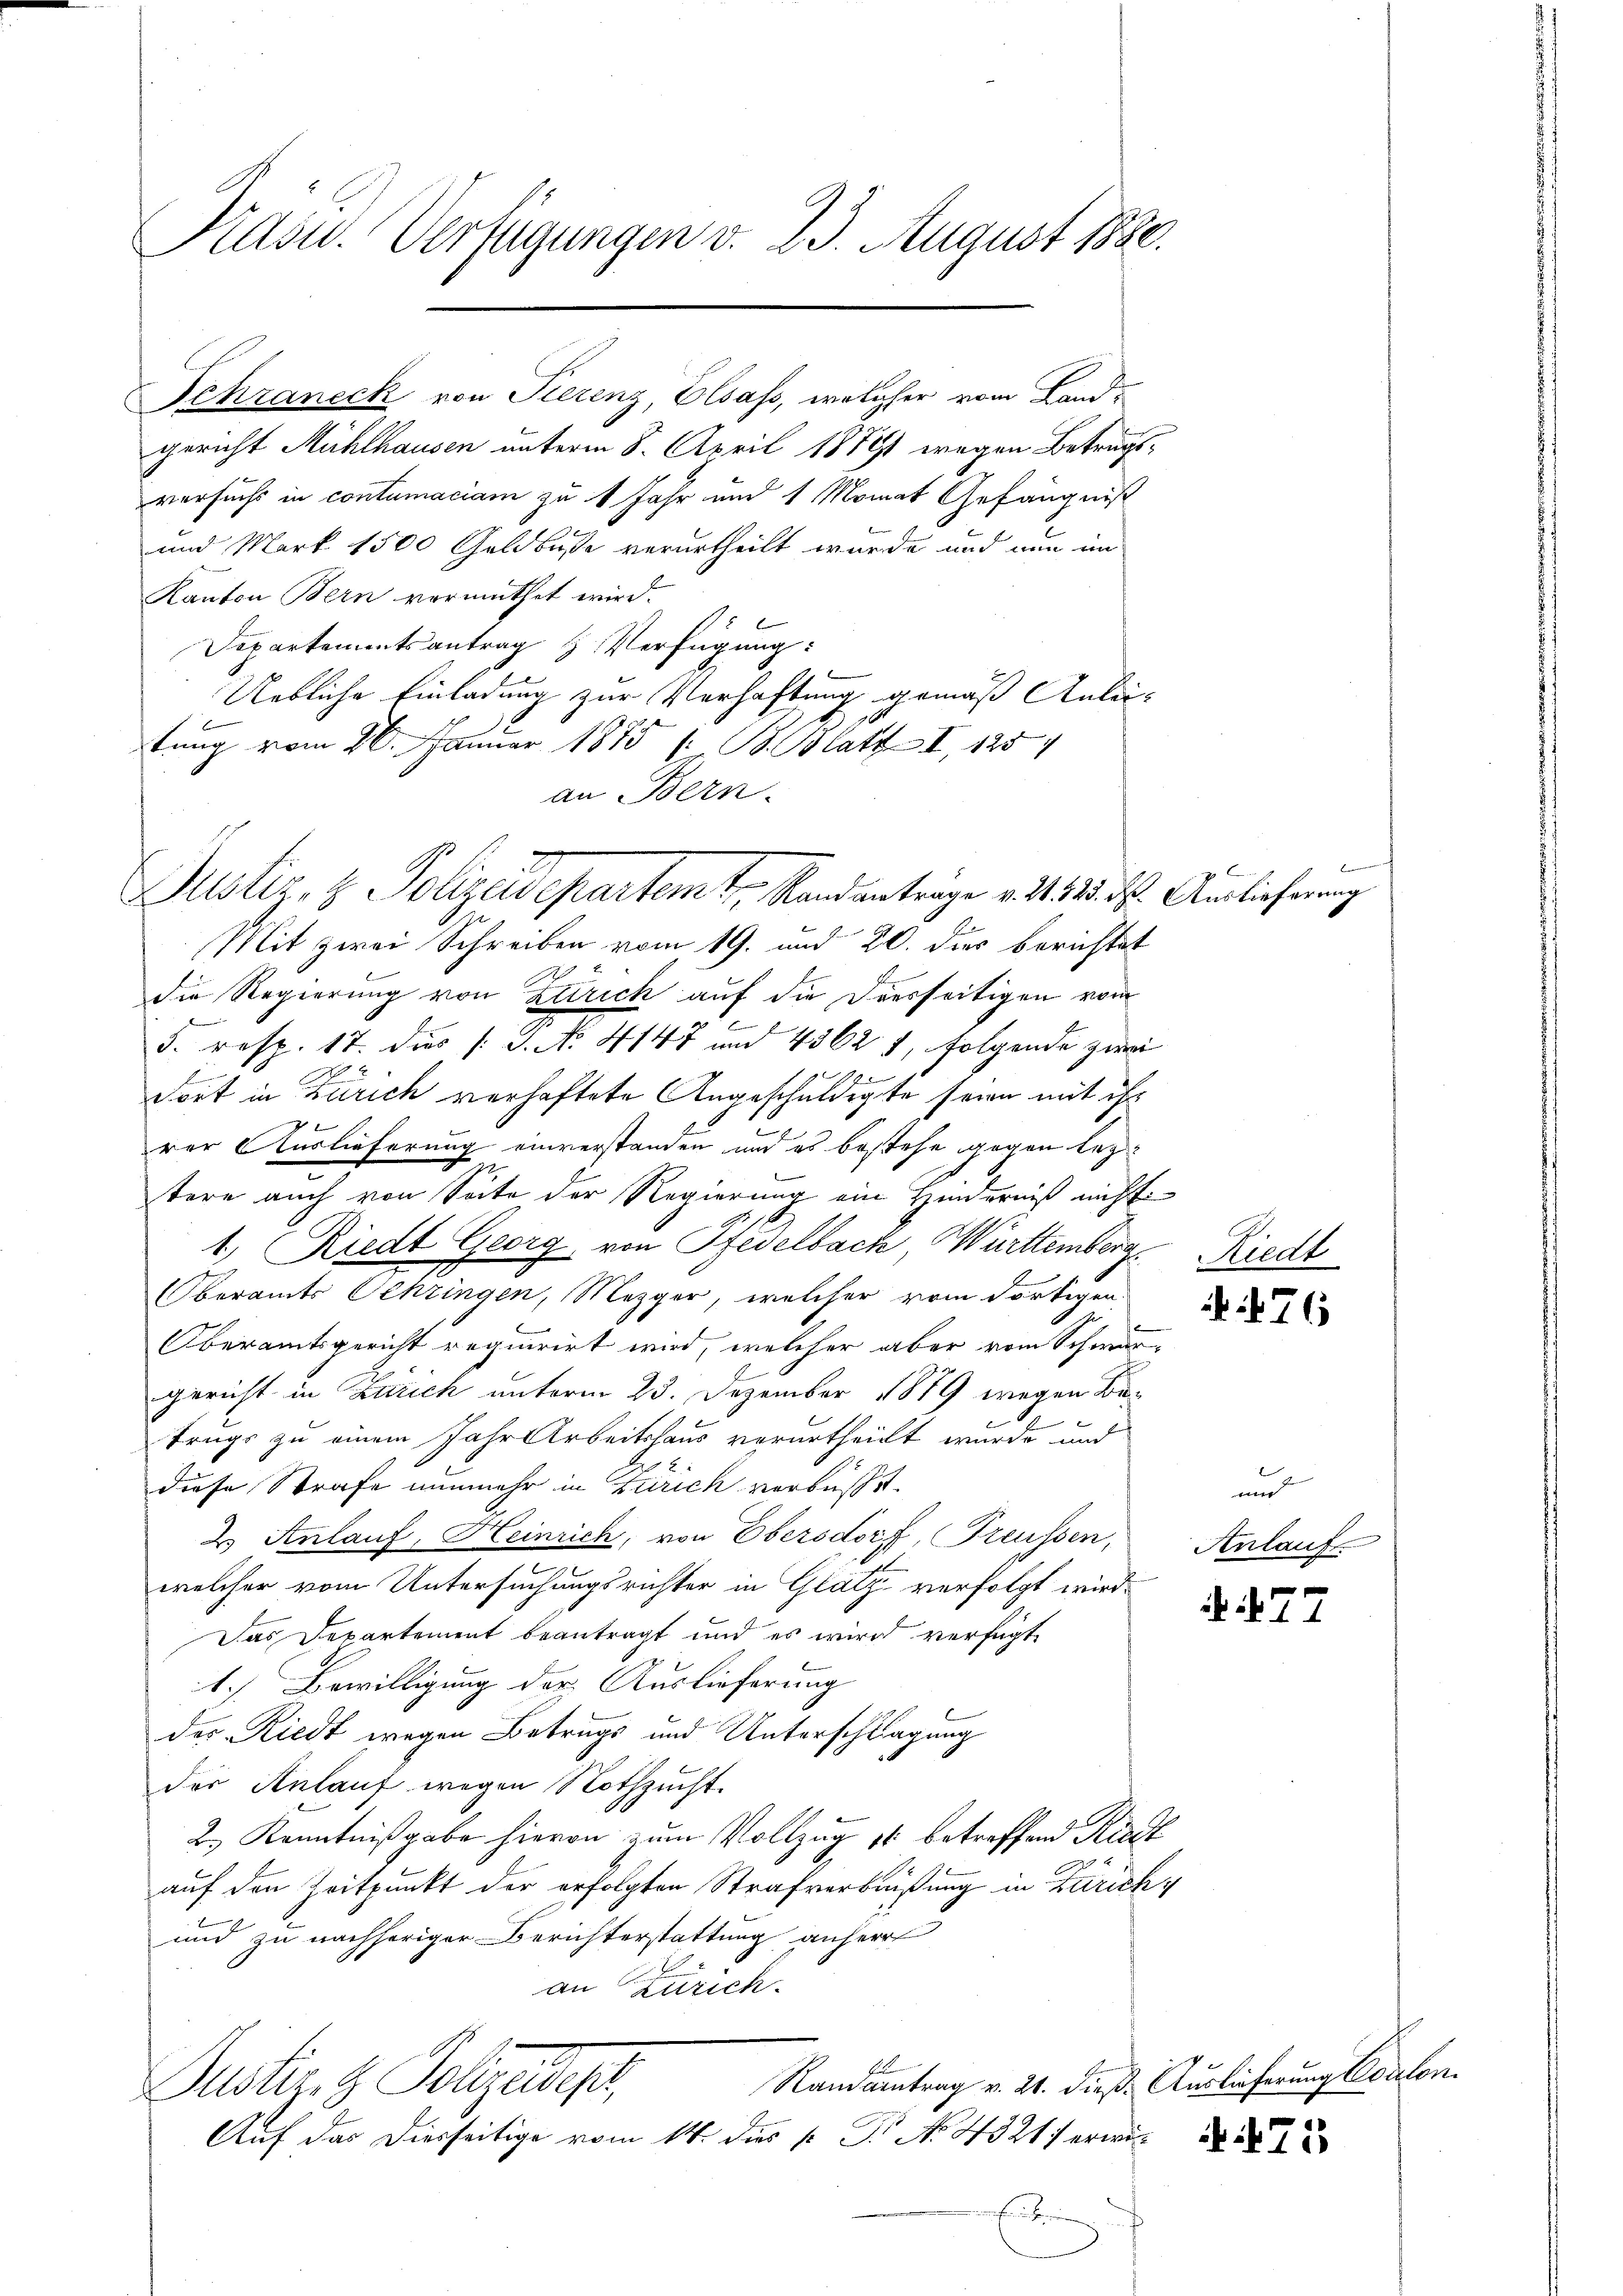
Präsid. Verfügungen v. 23. August 1890.

Schraneck von Tierenz, Elsass, welcher vom Landgericht Mühlhausen unterm 8. April 18891 wegen Betrugsversuchs in contumaciam zu 1 Jahr und 1 Monat Gefängniß
und Mark 1500 Geldbusse verurtheilt wurde und nun im
Kanton Bern vermuthet wird.
Departementsantrag H. Verfügung:
Uebliche Einladung zur Verhaftung gemäß Anleitung vom 26. Januar 1875 s. B. Blatt I 1254
an Bern.
Justiz- & Polizeidepartem tr. Randantrage v. 24. 15. d. Auslieferung
Mit zwei Schreiben vom 19. und 20. dies berichtet
die Regierung von Zürich auf die Diesseitigen vom
5. resp. 17. dies (S. No. 4147 und 43621, folgende zwei
dort in Zürich verhaftete Angeschuldigte seien mit ihr
rer Auslieferung einverstanden und es bestehe gegen leztere auch von Seite der Regierung ein Hinderniß nicht
1, Riedt Georg von Pfedelbach, Württemberg
Oberamts Schringen, Mezger, welcher vom dortigen.
Oberamtsgericht requurirt wird, welcher aber vom Schwurgericht in Zürich unterm 23. Dezember 1879 wegen Betrugs zu einem Jahr Arbeitshaus verurtheilt wurde und
x
diese Strafe nunmehr in Zürich verbüßt.
2 Anlauf, Heinrich, von Obersdorf, Freussen,
welcher vom Untersuchungsrichter in Glatz verfolgt wird.
Das Departement beantragt und es wird verfügt,
1.) Bewilligung der Auslieferung
des Riedt wegen Betrugs und Unterschlagung
der Anlauf wegen Nothzucht.
2.) Kenntnißgabe hievon zum Vollzug 16 betreffend Riedt
auf den Zeitpunkt der erfolgten Strafverbeißung in Zürich¬
und zu nachheriger Berichterstattung anherr
an Zürich.
Randantrag v. 21. dieß. Auslieferung Coulon
Justiz & Polizeidigt,
Auf das Dierseitige vom 14. dies k. P. No. 4521 erwi
ven Erben

Riedt

76

u
Anlauf

77